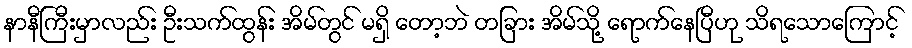
နာနီကြီးမှာလည်း ဦးသက်ထွန်း အိမ်တွင် မရှိ တော့ဘဲ တခြား အိမ်သို့ ရောက်နေပြီဟု သိရသောကြောင့်